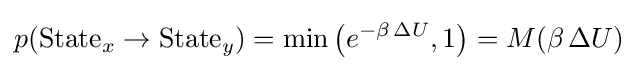
p({\text{State}}_{x}\rightarrow {\text{State}}_{y})=\min \left(e^{-\beta \,\Delta U},1\right)=M(\beta \,\Delta U)